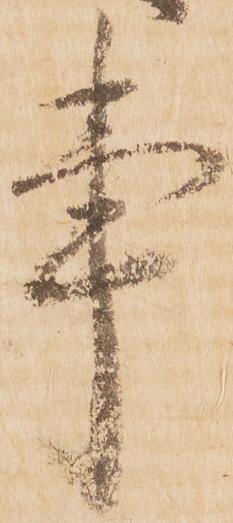
事